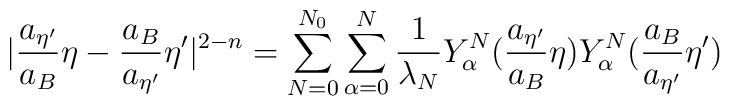
|\frac{a_{{\eta}'}}{a_B}{\eta}-\frac{a_B}{a_{{\eta}'}}{\eta}'|^{2-n} = \sum_{N=0}^{N_0}\sum_{\alpha=0}^{N}\frac{1}{\lambda_N}Y_{\alpha}^N(\frac{a_{{\eta}'}}{a_B}{\eta})Y_{\alpha}^N(\frac{a_B}{a_{{\eta}'}}{\eta}')